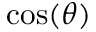
\cos ( \theta )